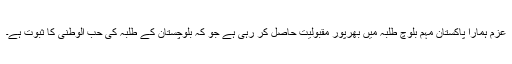
عزم ہمارا پاکستان مہم بلوچ طلبہ میں بھرپور مقبولیت حاصل کر رہی ہے جو کہ بلوچستان کے طلبہ کی حب الوطنی کا ثبوت ہے۔